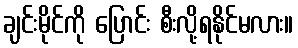
ချင်းမိုင်ကို ပြောင်း စီးလို့ရနိုင်မလား။